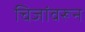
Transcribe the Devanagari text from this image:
चिजांवरून